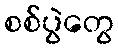
စစ်ပွဲတွေ